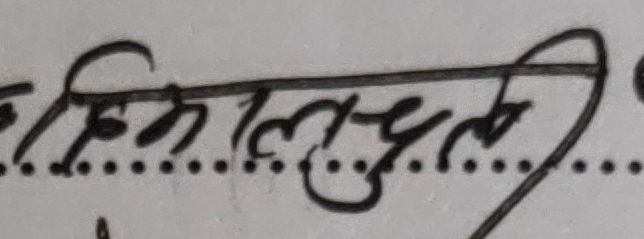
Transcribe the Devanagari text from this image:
किमललाल